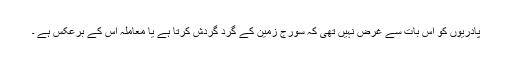
پادریوں کو اس بات سے غرض نہیں تھی کہ سورج زمین کے گرد گردش کرتا ہے یا معاملہ اس کے برعکس ہے ۔